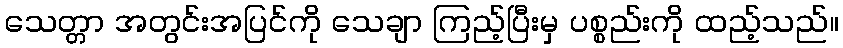
သေတ္တာ အတွင်းအပြင်ကို သေချာ ကြည့်ပြီးမှ ပစ္စည်းကို ထည့်သည်။